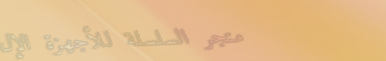
متجر السلسلة للأجهزة الإل